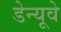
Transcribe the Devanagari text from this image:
डेन्यूवे